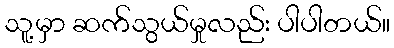
သူ့မှာ ဆက်သွယ်မှုလည်း ပါပါတယ်။